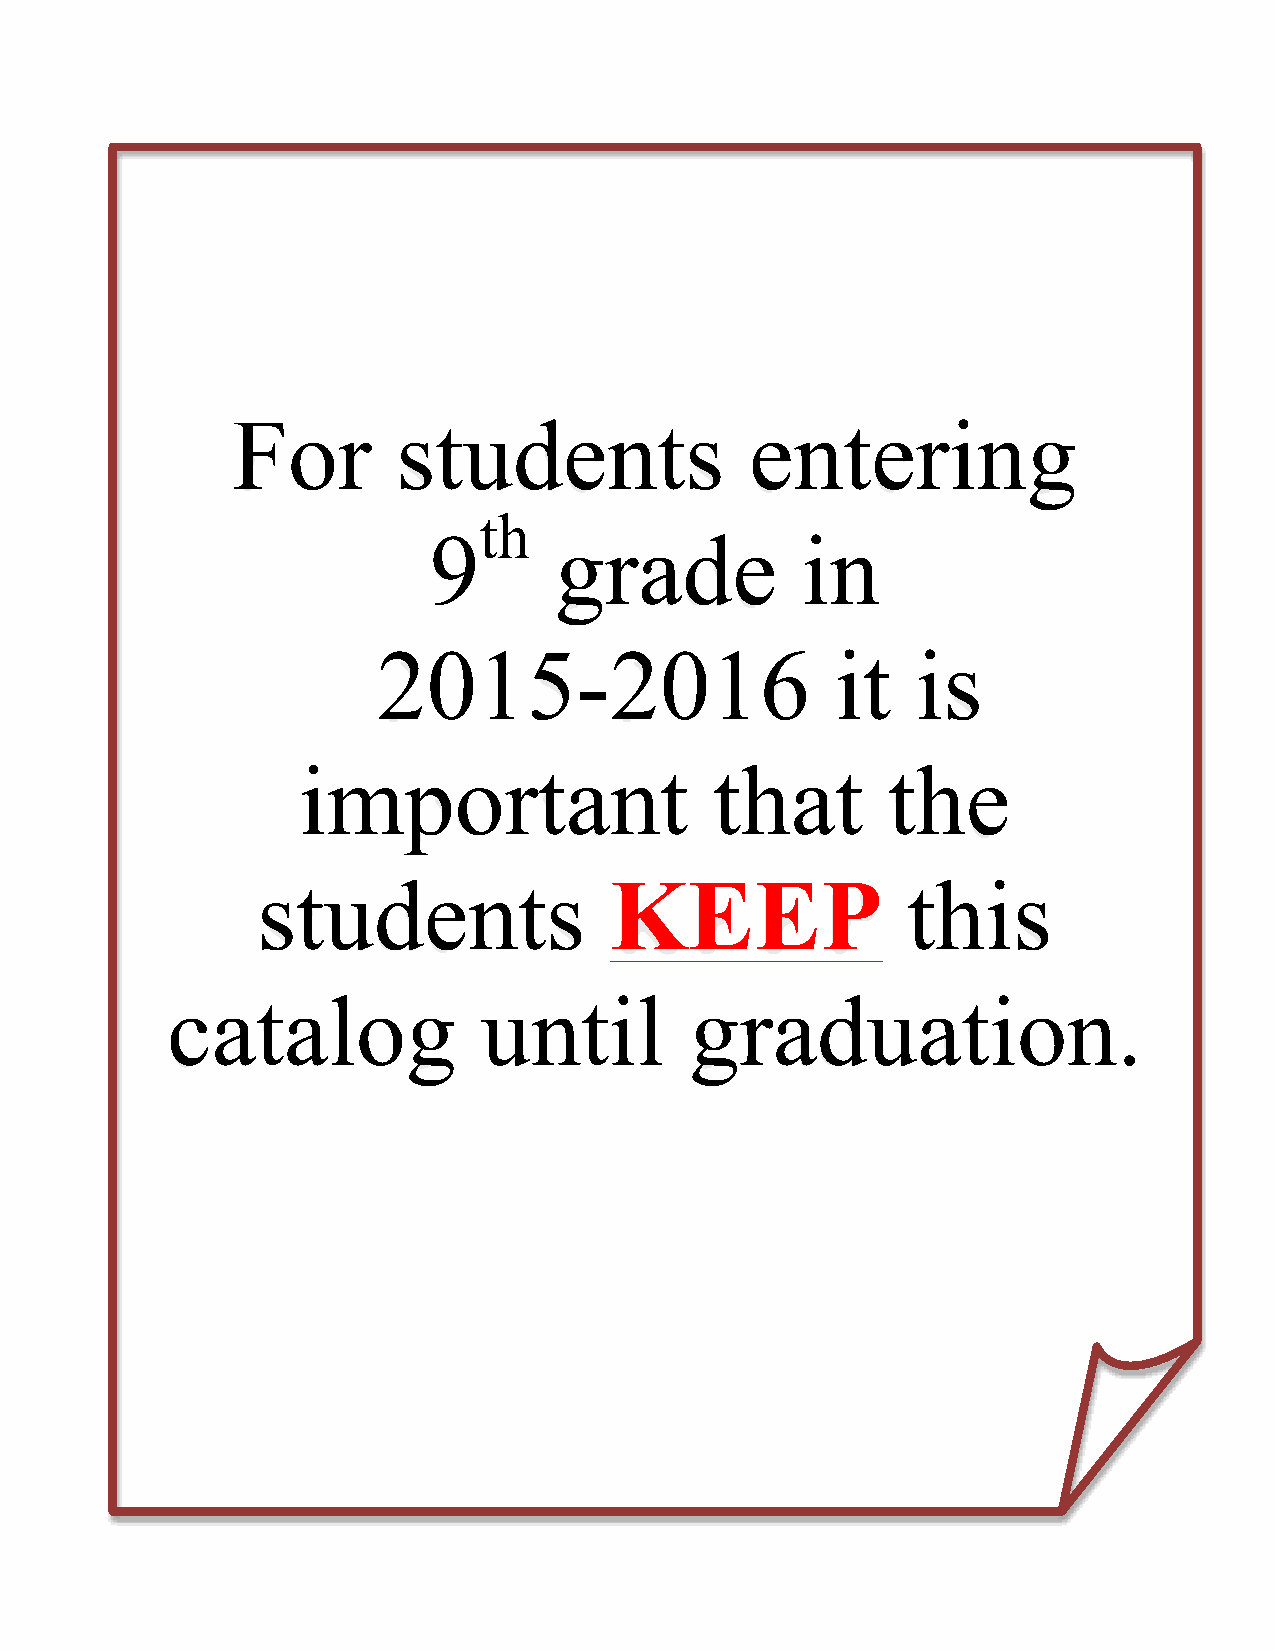
For        students                entering
 th
 9        grade           in
 2015-2016                     it    is
 important                  that        the
 students               KEEP                this
 catalog              until         graduation.